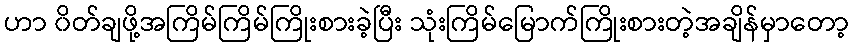
ဟာ ၀ိတ်ချဖို့အကြိမ်ကြိမ်ကြိုးစားခဲ့ပြီး သုံးကြိမ်မြောက်ကြိုးစားတဲ့အချိန်မှာတော့